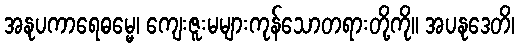
အနုပကာရေဓမ္မေ၊ ကျေးဇူးမများကုန်သောတရားတို့ကို။ အပနုဒေတိ၊